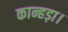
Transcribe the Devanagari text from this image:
कान्हड़ा।